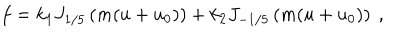
LaTeX: f = k _ { 1 } J _ { 1 / 5 } \left( m ( u + u _ { 0 } ) \right) + k _ { 2 } J _ { - 1 / 5 } \left( m ( u + u _ { 0 } ) \right) ~ ,